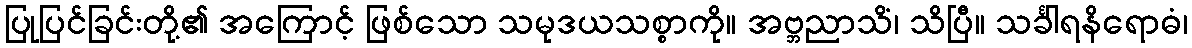
ပြုပြင်ခြင်းတို့၏ အကြောင့် ဖြစ်သော သမုဒယသစ္စာကို။ အဗ္ဘညာသိံ၊ သိပြီ။ သင်္ခါရနိရောဓံ၊